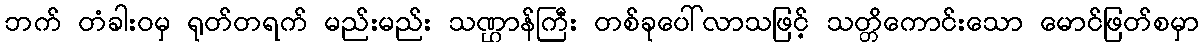
ဘက် တံခါးဝမှ ရုတ်တရက် မည်းမည်း သဏ္ဌာန်ကြီး တစ်ခုပေါ်လာသဖြင့် သတ္တိကောင်းသော မောင်ဖြတ်စမှာ